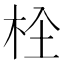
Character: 𣐍